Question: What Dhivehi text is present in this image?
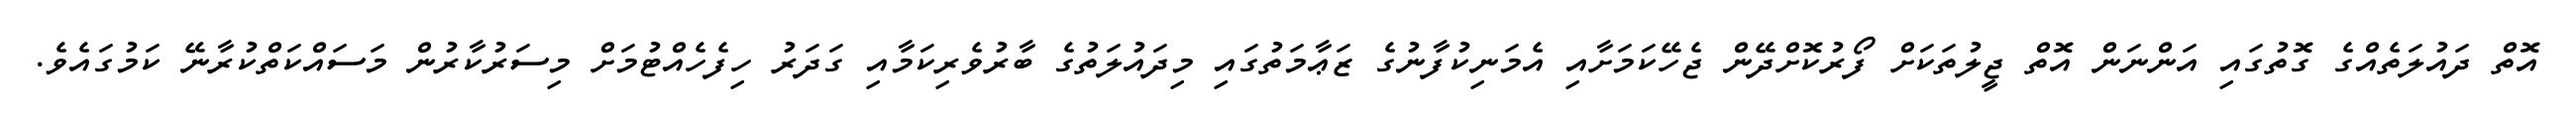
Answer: އޮތް ދައުލަތެއްގެ ގޮތުގައި އަންނަން އޮތް ޖީލުތަކަށް ފޯރުކޮށްދޭން ޖެހޭކަމަށާއި އެމަނިކުފާނުގެ ޒަޢާމަތުގައި މިދައުލަތުގެ ބާރުވެރިކަމާއި ގަދަރު ހިފެހެއްޓުމަށް މިސަރުކާރުން މަސައްކަތްކުރާނޭ ކަމުގައެވެ.